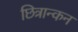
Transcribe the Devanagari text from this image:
छित्रान्कन